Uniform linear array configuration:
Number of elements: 24
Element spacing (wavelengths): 0.5
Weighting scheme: blackman
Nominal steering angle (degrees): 60
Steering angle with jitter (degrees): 60.033
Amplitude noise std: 0.05
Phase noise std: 0.05

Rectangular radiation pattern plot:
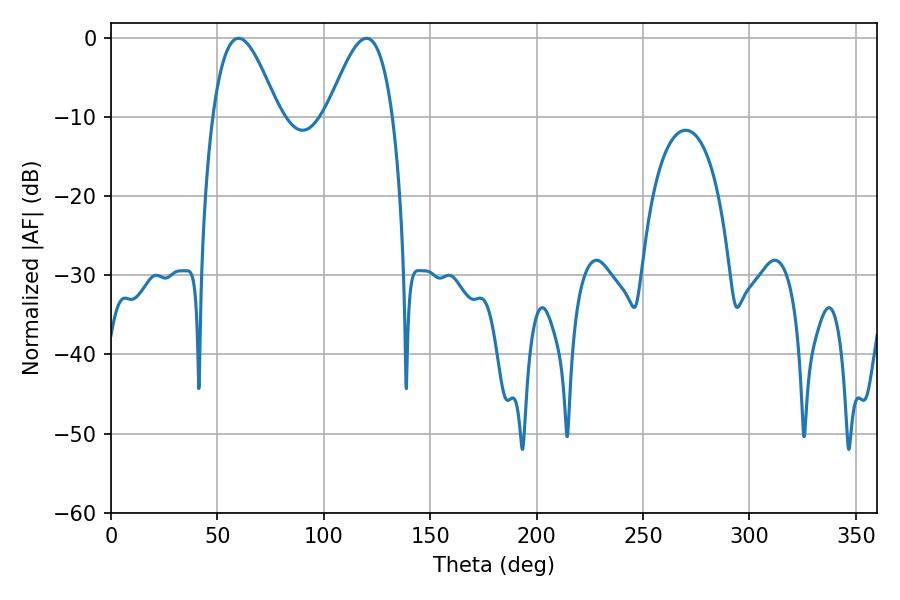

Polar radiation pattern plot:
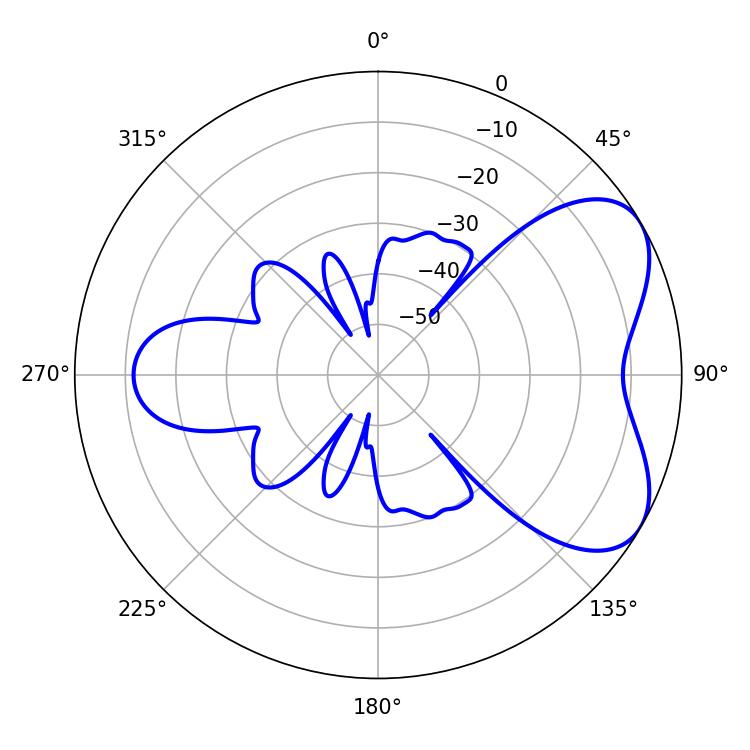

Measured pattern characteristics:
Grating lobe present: FALSE
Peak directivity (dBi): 5.584
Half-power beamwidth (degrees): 16.56
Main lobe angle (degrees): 59.94